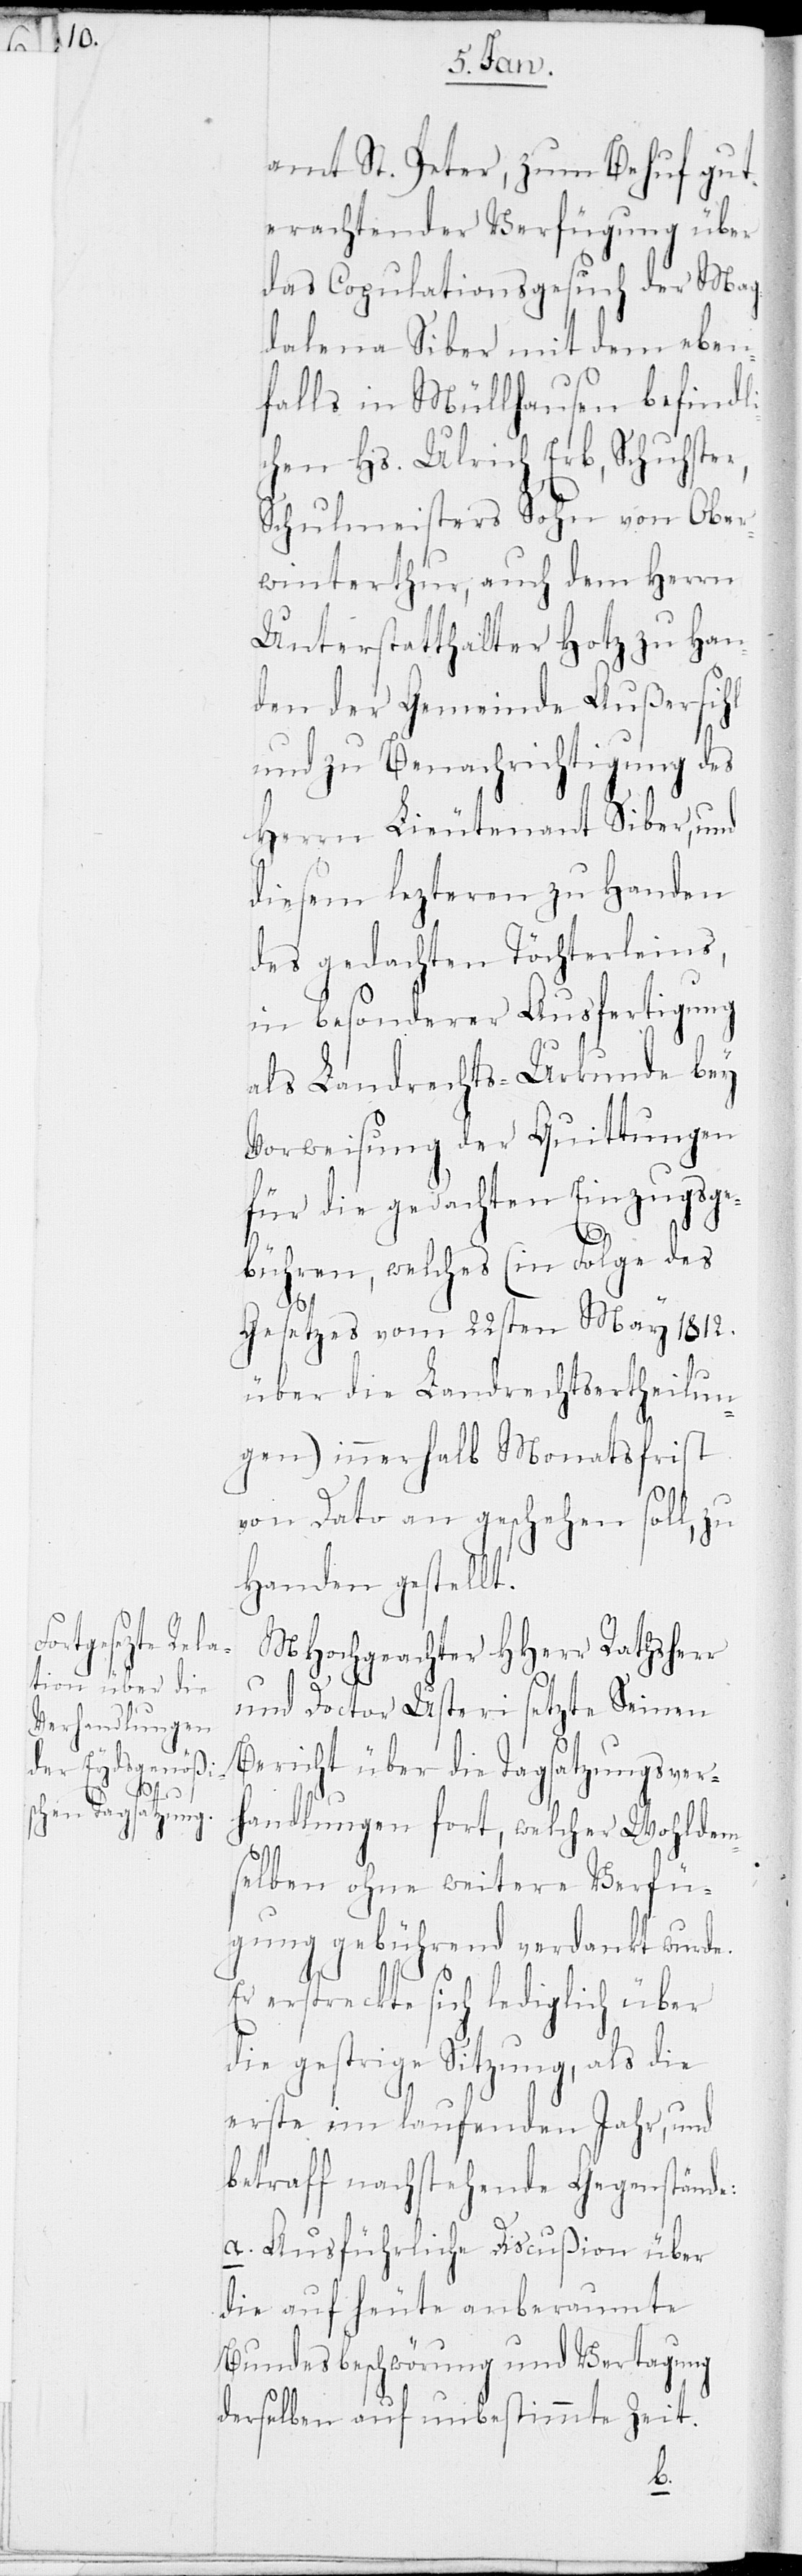
amt St. Peter, zum Behuf gut¬
erachtender Verfügung über
das Copulationsgesuch der Mag¬
dalena Siber mit dem eben¬
falls in Müllhausen befindli¬
chen Hs. Ulrich Erb, Schuhster,
Schulmeisters Sohn von Ober¬
winterthur, auch dem Herrn
Unterstatthalter Hotz zu Han¬
den der Gemeinde Außersihl
und zu Benachrichtigung des
Herrn Lieutenant Siber, und
diesem lezteren zu Handen
des gedachten Töchterleins,
in besonderer Ausfertigung
als Landrechts-Urkunde bey
Vorweisung der Quittungen
für die gedachten Einzugsge¬
bühren, welches (in Folge des
Gesetzes vom 22sten März 1812.
über die Landrechtsertheilun¬
gen) innerhalb Monatsfrist
von dato an geschehen soll, zu
Handen gestellt.
MHochgeachter HHerr Rathsherr
und Doctor Usteri setzte Seinen
Bericht über die Tagsatzungsver¬
handlungen fort, welcher Wohldem¬
selben ohne weitere Verfü¬
gung gebührend verdankt wurde.
Er erstreckte sich lediglich über
die gestrige Sitzung, als die
erste im laufenden Jahr, und
betraff nachstehende Gegenstände:
a. Ausführliche Discußion über
die auf heute anberaumte
Bundesbeschwörung und Vertagung
derselben auf unbestimmte Zeit.